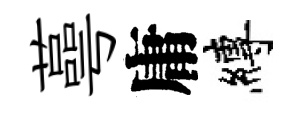
蕚庸縛